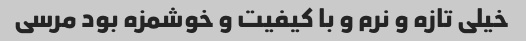
خیلی تازه و نرم و با کیفیت و خوشمزه بود مرسی